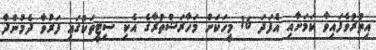
އިތުރުވެފައިވާ ކަމަށާއި އެފަދަ 16 މީހަކަށް މަހާރަޝްތުރާގެ އެކި ސިޓީތަކުގައި ފަރުވާ ދެމުންދާ